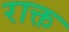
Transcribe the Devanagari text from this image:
राक्त